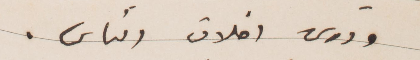
ودرس اخلاق الناس.